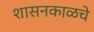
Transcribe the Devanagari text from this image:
शासनकाळचे